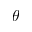
\theta